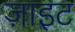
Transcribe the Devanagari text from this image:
ज़ाइट